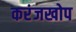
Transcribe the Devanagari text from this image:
करंजखोप